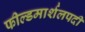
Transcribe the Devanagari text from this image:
फील्डमार्शलपदी